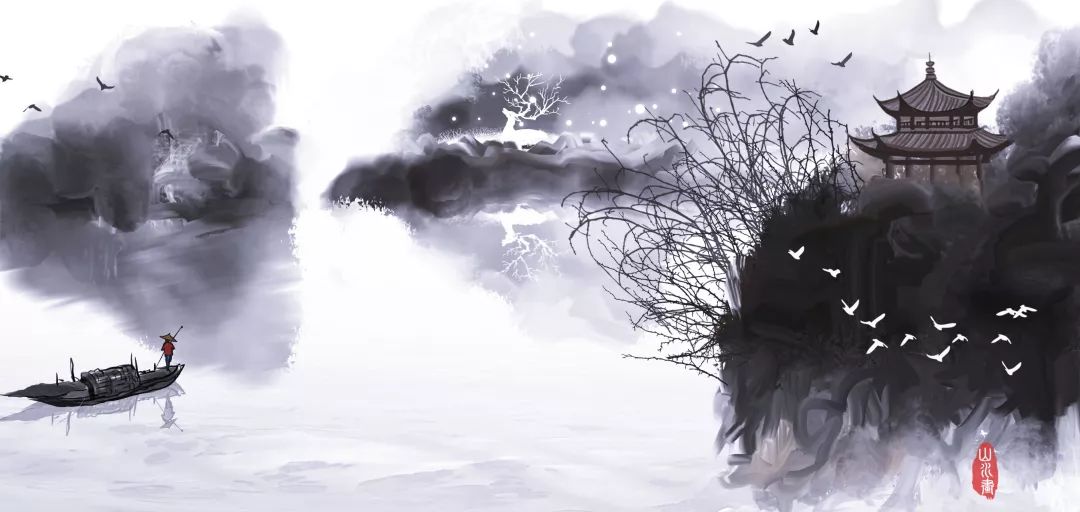
猿鸟犹疑畏简书，风云常为护储胥。